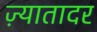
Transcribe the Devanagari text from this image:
ज़्यातादर